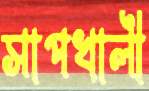
সাপখালী